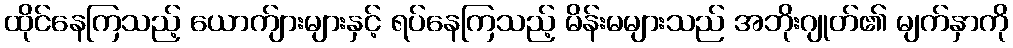
ထိုင်နေကြသည့် ယောက်ျားများနှင့် ရပ်နေကြသည့် မိန်းမများသည် အဘိုးဂျုတ်၏ မျက်နှာကို